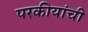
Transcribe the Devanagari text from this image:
परकीयांची